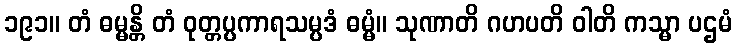
၁၉၁။ တံ ဓမ္မန္တိ တံ ဝုတ္တပ္ပကာရသမ္ပဒံ ဓမ္မံ။ သုဏာတိ ဂဟပတိ ဝါတိ ကသ္မာ ပဌမံ